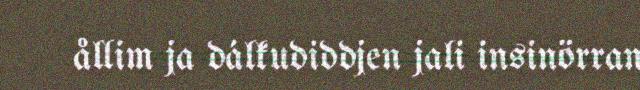
ållim ja dálkudiddjen jali insinörran